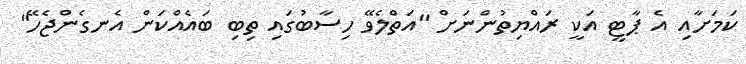
ކަމަށާއި އެ ޕާޓީ އަކީ ރައްޔިތުންނަށް "އަތްލެވޭ ހިސާބުގައި ތިބި ބައެއްކަން އެނގެންޖެހޭ"